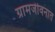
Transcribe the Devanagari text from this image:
ग्रामजीवनात